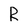
Character: R